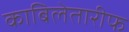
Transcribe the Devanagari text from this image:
काबिलेतारीफ